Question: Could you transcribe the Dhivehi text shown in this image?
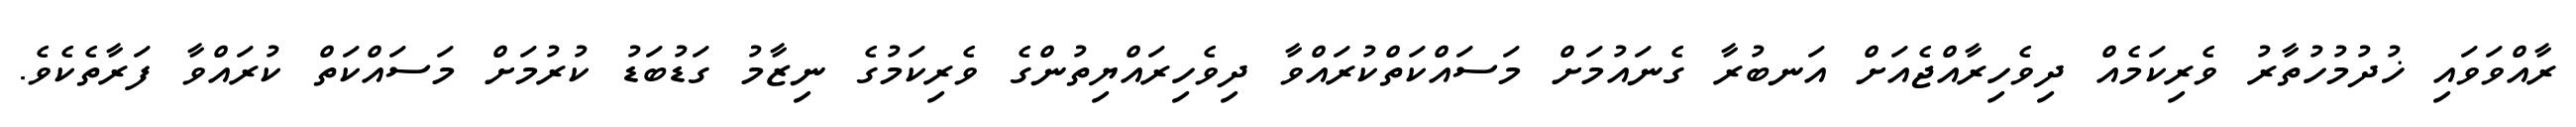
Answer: ރާއްވަވައި ޚުދުމުހުތާރު ވެރިކަމެއް ދިވެހިރާއްޖެއަށް އަނބުރާ ގެނައުމަށް މަސައްކަތްކުރައްވާ ދިވެހިރައްޔިތުންގެ ވެރިކަމުގެ ނިޒާމު ގަޑުބަޑު ކުރުމަށް މަސައްކަތް ކުރައްވާ ފަރާތެކެވެ.